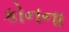
કોનના